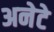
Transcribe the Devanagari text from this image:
अनेटे